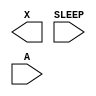
module sky130_fd_sc_lp__isobufsrc (
    X    ,
    SLEEP,
    A
);

    output X    ;
    input  SLEEP;
    input  A    ;

    // Voltage supply signals
    supply1 VPWR;
    supply0 VGND;
    supply1 VPB ;
    supply0 VNB ;

endmodule